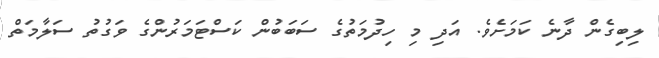
ލިބިގެން ދާނެ ކަމަށެވެ. އަދި މި ހިދުމަތުގެ ސަބަބުން ކަސްޓަމަރުންގެ ވަގުތު ސަލާމަތް